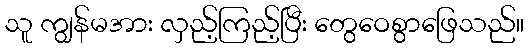
သူ ကျွန်မအား လှည့်ကြည့်ပြီး တွေဝေစွာဖြေသည်။